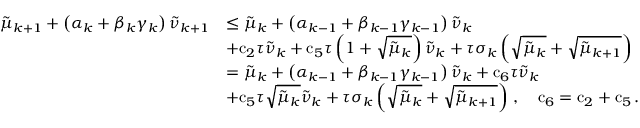
\begin{array} { r l } { { \tilde { \mu } } _ { k + 1 } + \left( { \alpha } _ { k } + { \beta } _ { k } { \gamma } _ { k } \right) { \tilde { \nu } } _ { k + 1 } } & { \leq { \tilde { \mu } } _ { k } + \left( { \alpha } _ { k - 1 } + { \beta } _ { k - 1 } { \gamma } _ { k - 1 } \right) { \tilde { \nu } } _ { k } } \\ & { + { \mathrm { c } } _ { 2 } { \tau } { \tilde { \nu } } _ { k } + { \mathrm { c } } _ { 5 } { \tau } \left( 1 + \sqrt { { \tilde { \mu } } _ { k } } \right) { \tilde { \nu } } _ { k } + { \tau } { \sigma } _ { k } \left( \sqrt { { \tilde { \mu } } _ { k } } + \sqrt { { \tilde { \mu } } _ { k + 1 } } \right) } \\ & { = { \tilde { \mu } } _ { k } + \left( { \alpha } _ { k - 1 } + { \beta } _ { k - 1 } { \gamma } _ { k - 1 } \right) { \tilde { \nu } } _ { k } + { \mathrm { c } } _ { 6 } { \tau } { \tilde { \nu } } _ { k } } \\ & { + { \mathrm { c } } _ { 5 } { \tau } \sqrt { { \tilde { \mu } } _ { k } } { \tilde { \nu } } _ { k } + { \tau } { \sigma } _ { k } \left( \sqrt { { \tilde { \mu } } _ { k } } + \sqrt { { \tilde { \mu } } _ { k + 1 } } \right) \, , \quad { \mathrm { c } } _ { 6 } = { \mathrm { c } } _ { 2 } + { \mathrm { c } } _ { 5 } \, . } \end{array}